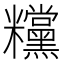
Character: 𥽻